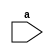
// Code your design here
module odd(
  input [7:0]a
);
 
  always @(*) begin
  
    if(a%2==1)
      $display(a," is a odd number");
  else
    $display(a," is not odd number");
  
  end

endmodule